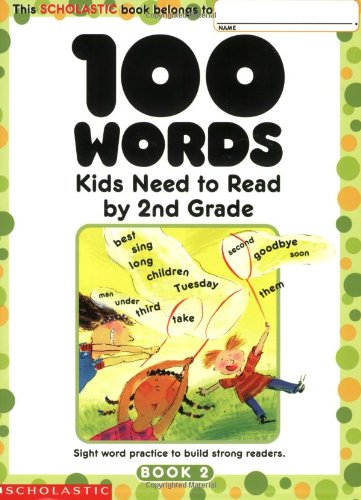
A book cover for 100 Words Kids Need To Read By 2nd Grade: Sight Word Practice to Build Strong Readers; Scholastic Inc.; Test Preparation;